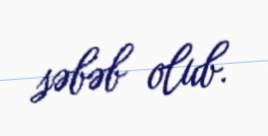
səbəb olub.